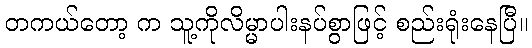
တကယ်တော့ က သူ့ကိုလိမ္မာပါးနပ်စွာဖြင့် စည်းရုံးနေပြီ။